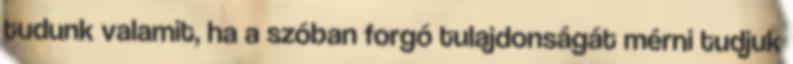
tudunk valamit, ha a szóban forgó tulajdonságát mérni tudjuk